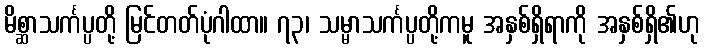
မိစ္ဆာသင်္ကပ္ပတို့ မြင်တတ်ပုံဂါထာ။ ၇၃၊ သမ္မာသင်္ကပ္ပတို့ကမူ အနှစ်ရှိရာကို အနှစ်ရှိ၏ဟု